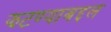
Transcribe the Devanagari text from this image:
झटण्याबद्दल